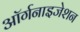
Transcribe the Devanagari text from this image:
अॉर्गनाइजेशन